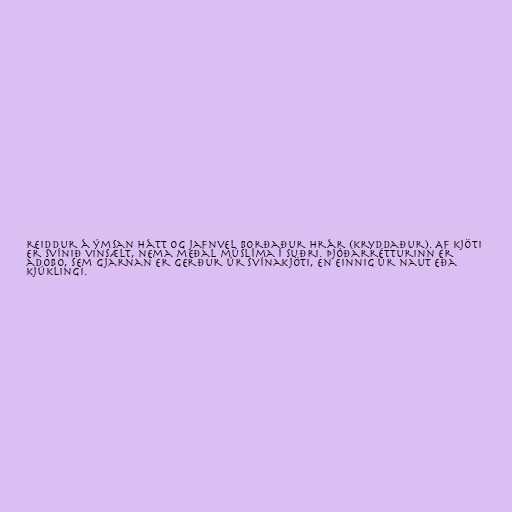
reiddur á ýmsan hátt og jafnvel borðaður hrár (kryddaður). Af kjöti
er svínið vinsælt, nema meðal múslíma í suðri. Þjóðarrétturinn er
adobo, sem gjarnan er gerður úr svínakjöti, en einnig úr naut eða
kjúklingi.